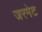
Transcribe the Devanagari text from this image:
जरमेट